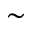
\sim